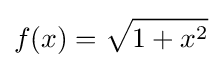
f(x)={\sqrt {1+x^{2}}}